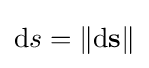
\mathrm {d} s=\|\mathrm {d} {\mathbf {s} }\|